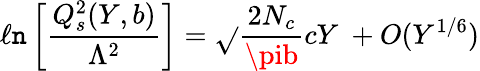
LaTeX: \ell\mathtt{n}\left[{\frac{{Q_{s}^{2}(Y,b)}}{{\Lambda^{2}}}}\right]={\sqrt{}{{{\frac{{2N_{c}}}{{\pib}}}cY}}}\ +O(Y^{1/6})